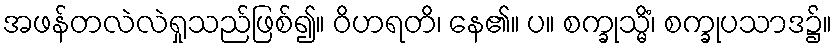
အဖန်တလဲလဲရှုသည်ဖြစ်၍။ ဝိဟရတိ၊ နေ၏။ ပ။ စက္ခုသ္မိံ၊ စက္ခုပသာဒ၌။